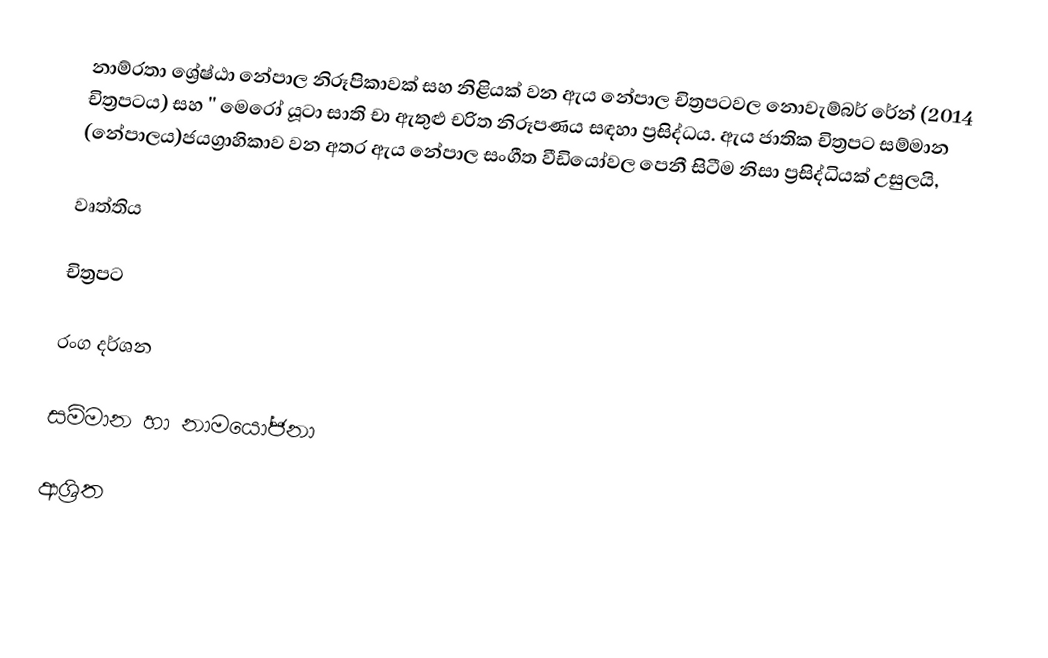
නාම්රතා ශ්‍රේෂ්ඨා නේපාල නිරූපිකාවක් සහ නිළියක් වන ඇය නේපාල චිත්‍රපටවල නොවැම්බර් රේන් (2014 චිත්‍රපටය) සහ '' මෙරෝ යූටා සාති චා ඇතුළු චරිත නිරූපණය සඳහා ප්‍රසිද්ධය. ඇය ජාතික චිත්‍රපට සම්මාන (නේපාලය)ජයග්‍රාහිකාව වන අතර ඇය නේපාල සංගීත වීඩියෝවල පෙනී සිටීම නිසා ප්‍රසිද්ධියක් උසුලයි,

වෘත්තිය

චිත්‍රපට

රංග දර්ශන

සම්මාන හා නාමයෝජනා

ආශ්‍රිත